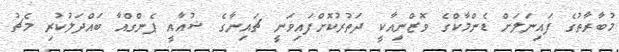
މުބާރާތުގެ ފައިނަލަށް ޑެންމާކްގެ ވޮޒްނިއާކީ ދަތުރުކޮށްފައިވަނީ ޗައިނާގެ ޝުއާއީ ޕެންގްއާ ބައްދަލުކުރި މެޗު